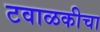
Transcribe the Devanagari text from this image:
टवाळकीचा